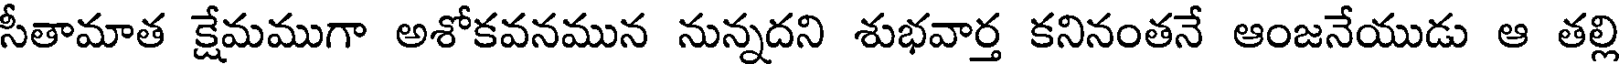
సీతామాత క్షేమముగా అశోకవనమున నున్నదని శుభవార్త కనినంతనే ఆంజనేయుడు ఆ తల్లి